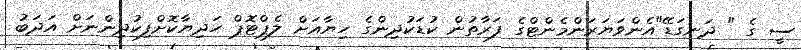
ސީ ގެ " ދަނގަޑޭ"އެންވަޔަރަންމެންޓްގެ ފަރާތުން ކުޑަކުދިންގެ ހިޔާއަށް ލެޕްޓޮޕް ހަދިޔާކޮށްފިކުދިންނަށް އަދަބު